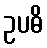
ဥပဓိ